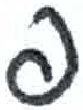
אות: פ